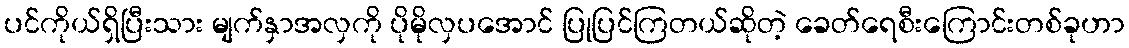
ပင်ကိုယ်ရှိပြီးသား မျက်နှာအလှကို ပိုမိုလှပအောင် ပြုပြင်ကြတယ်ဆိုတဲ့ ခေတ်ရေစီးကြောင်းတစ်ခုဟာ